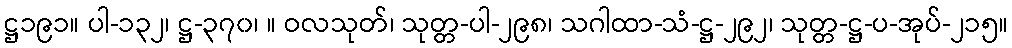
ဋ္ဌ၁၉၁။ ပါ-၁၃၂၊ ဋ္ဌ-၃၇၀၊ ။ ဝလသုတ်၊ သုတ္တ-ပါ-၂၉၈၊ သဂါထာ-သံ-ဋ္ဌ-၂၉၂၊ သုတ္တ-ဋ္ဌ-ပ-အုပ်-၂၁၅။